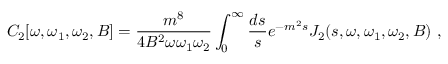
C _ { 2 } [ \omega , \omega _ { 1 } , \omega _ { 2 } , B ] = { \frac { m ^ { 8 } } { 4 B ^ { 2 } \omega \omega _ { 1 } \omega _ { 2 } } } \int _ { 0 } ^ { \infty } { \frac { d s } { s } } e ^ { - m ^ { 2 } s } J _ { 2 } ( s , \omega , \omega _ { 1 } , \omega _ { 2 } , B ) ~ ,